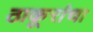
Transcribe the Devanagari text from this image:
ठाकूरांचा